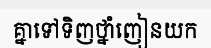
គ្នាទៅទិញថ្នាំញៀនយក